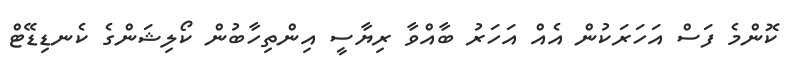
ކޮންމެ ފަސް އަހަރަކުން އެއް އަހަރު ބާއްވާ ރިޔާސީ އިންތިހާބުން ކޯލިޝަންގެ ކެނޑިޑޭޓް